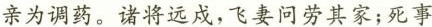
亲为调药。诸将远戍，飞妻问劳其家；死事